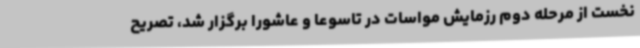
نخست از مرحله دوم رزمایش مواسات در تاسوعا و عاشورا برگزار شد، تصریح